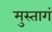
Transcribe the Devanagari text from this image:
मुस्तागं